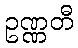
ဥဏ္ဏတီ